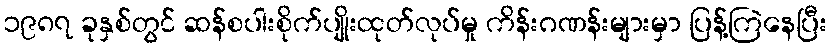
၁၉၈၇ ခုနှစ်တွင် ဆန်စပါးစိုက်ပျိုးထုတ်လုပ်မှု ကိန်းဂဏန်းများမှာ ပြန့်ကြဲနေပြီး